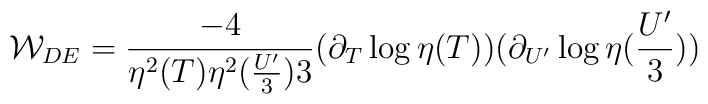
{\cal W}_{DE} = \frac{-4}{\eta^{2}(T) \eta^{2}(\frac{U'}{3}) 3}(\partial_{T} \log \eta(T))(\partial_{U'} \log \eta(\frac{U'}{3}))